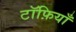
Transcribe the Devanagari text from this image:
टॉफ़ियाँ